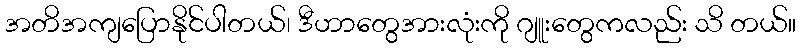
အတိအကျပြောနိုင်ပါတယ်၊ ဒီဟာတွေအားလုံးကို ဂျူးတွေကလည်း သိ တယ်။